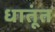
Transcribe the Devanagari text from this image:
धातूंत